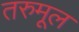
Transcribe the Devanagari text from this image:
तरुमूल